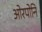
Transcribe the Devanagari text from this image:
ओरपोनि